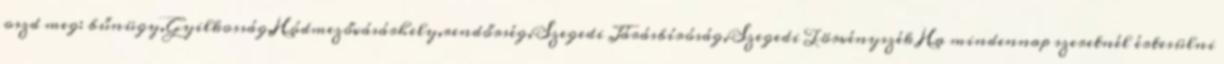
oszd meg: bűnügy,Gyilkosság,Hódmezővásárhely,rendőrség,Szegedi Járásbíróság,Szegedi Törvényszék Ha mindennap szeretnél értesülni